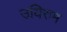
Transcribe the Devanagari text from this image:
उयिरुम